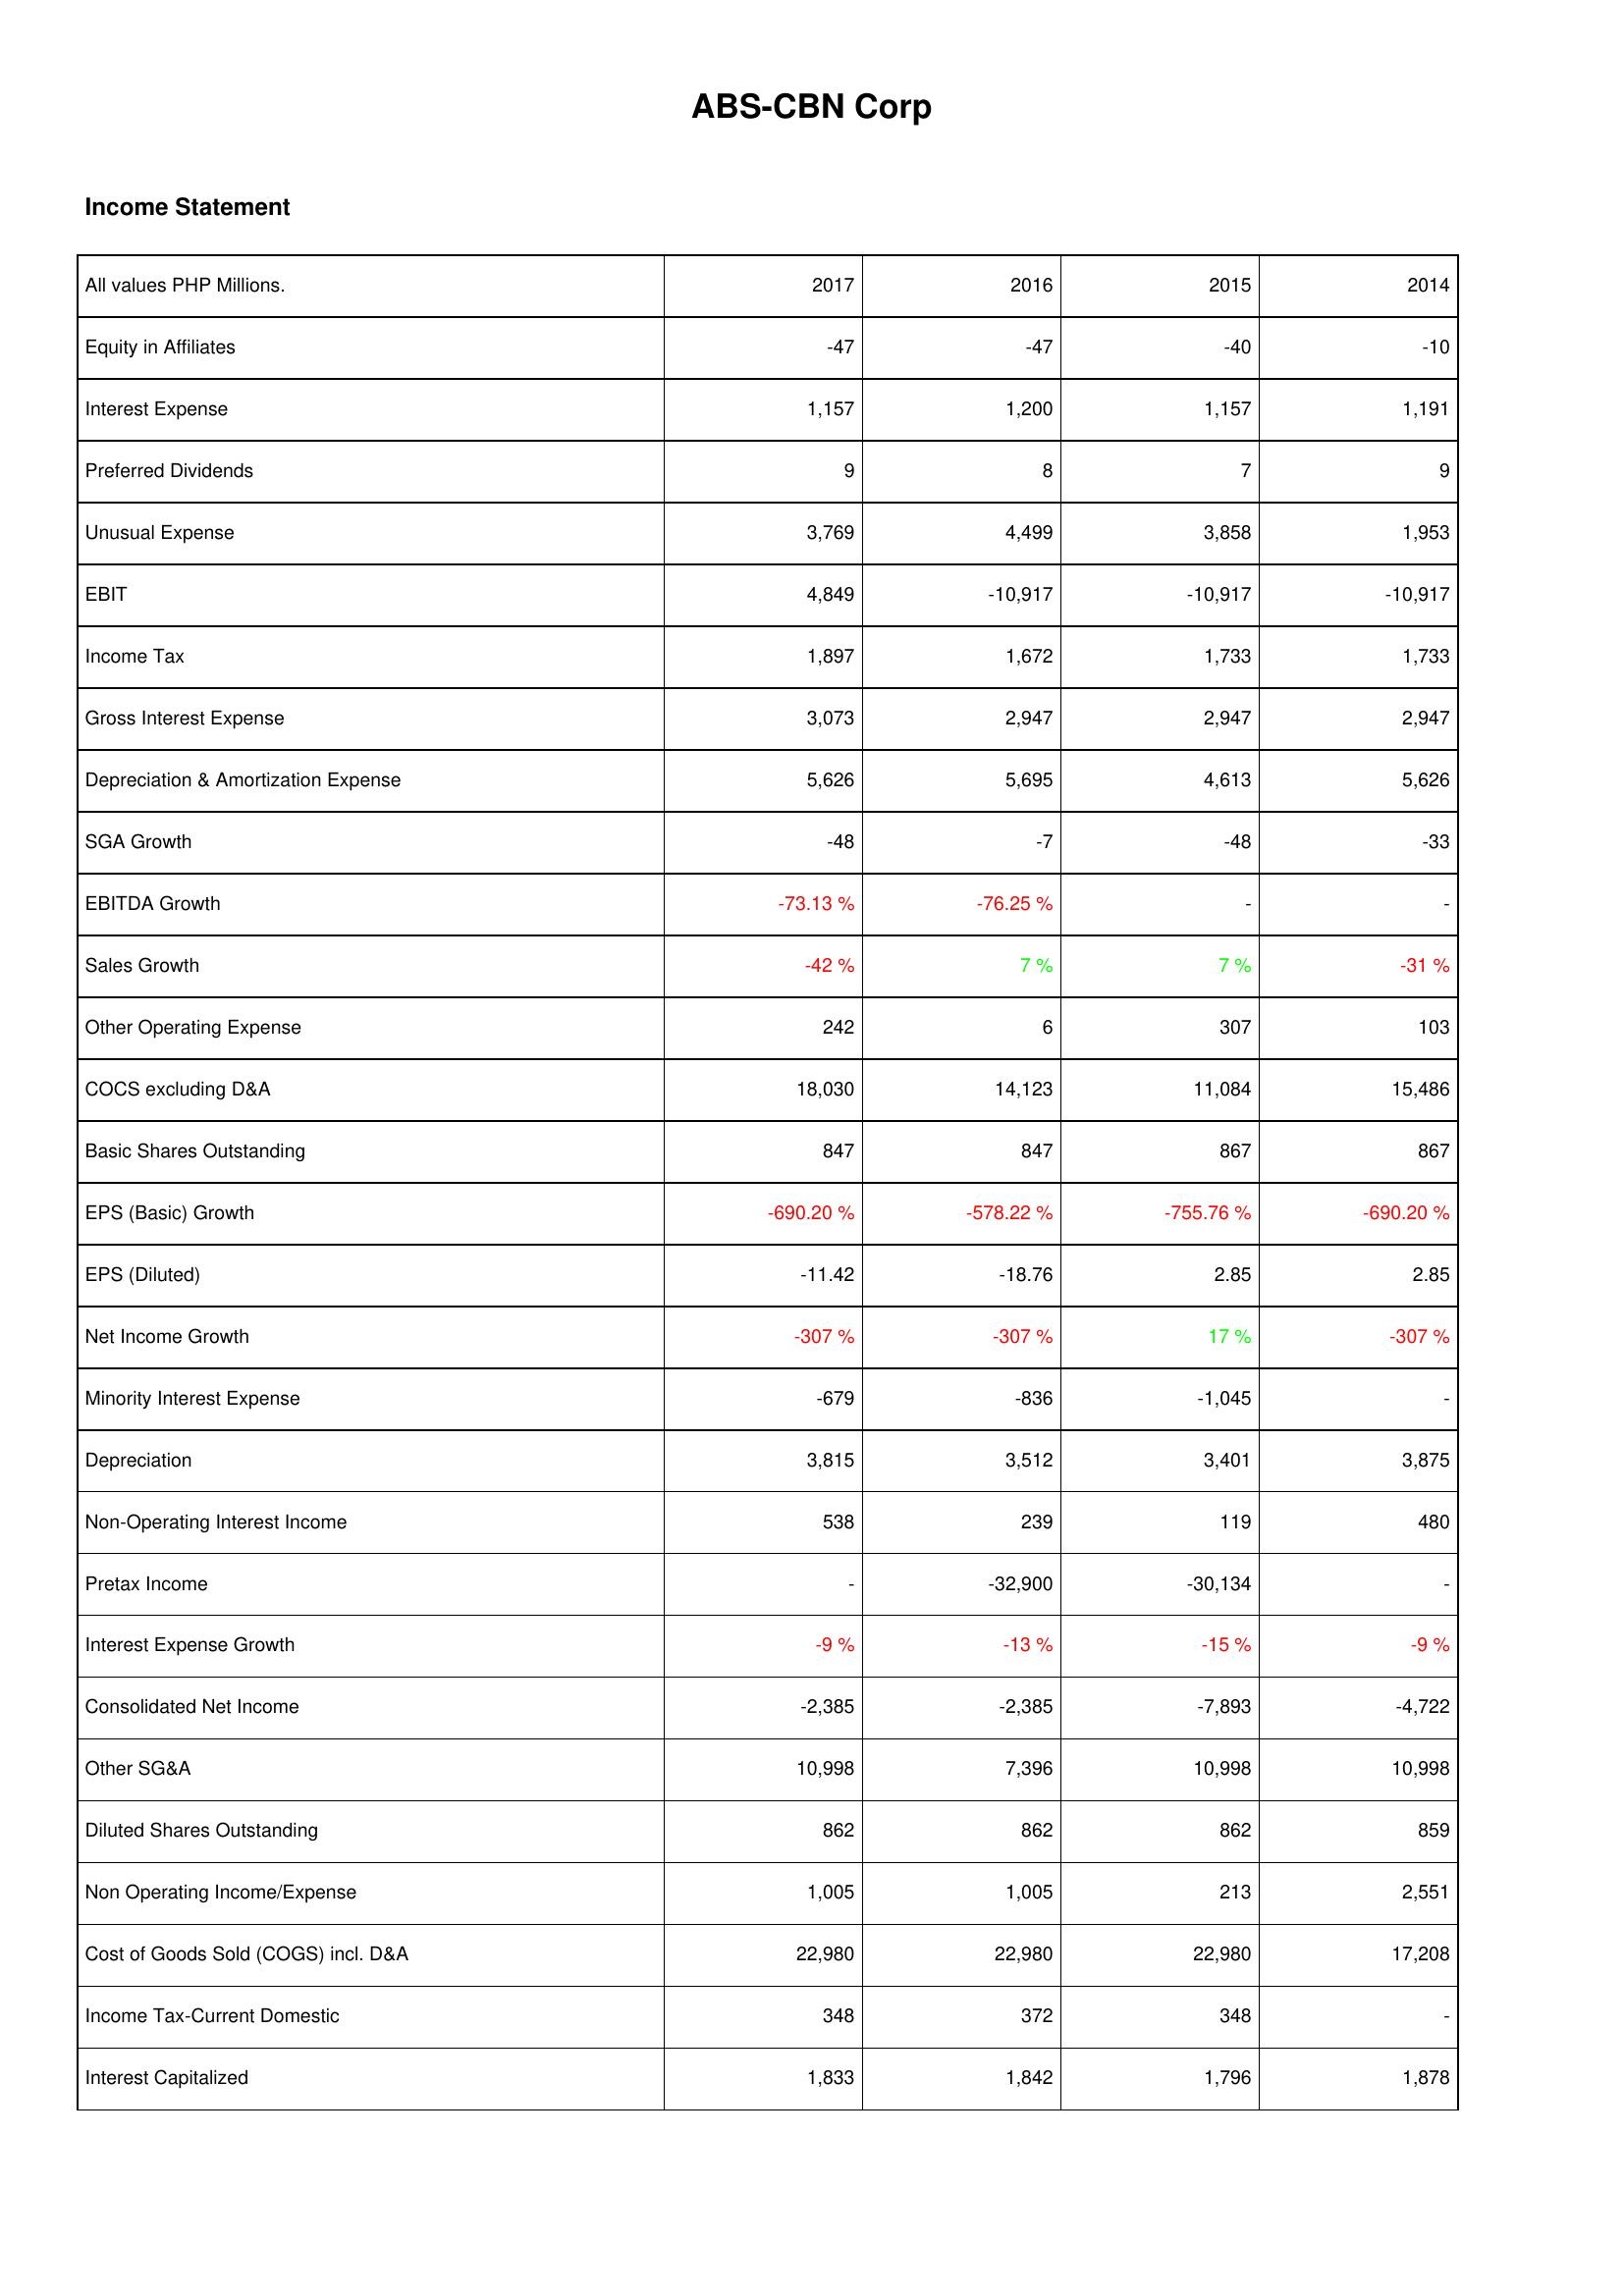
2017: Income Statement: Equity in Affiliates: -47
Interest Expense: 1,157
Preferred Dividends: 9
Unusual Expense: 3,769
EBIT: 4,849
Income Tax: 1,897
Gross Interest Expense: 3,073
Depreciation & Amortization Expense: 5,626
SGA Growth: -48
EBITDA Growth: -73.13 %
Sales Growth: -42 %
Other Operating Expense: 242
COCS excluding D&A: 18,030
Basic Shares Outstanding: 847
EPS (Basic) Growth: -690.20 %
EPS (Diluted): -11.42
Net Income Growth: -307 %
Minority Interest Expense: -679
Depreciation: 3,815
Non-Operating Interest Income: 538
Pretax Income: -
Interest Expense Growth: -9 %
Consolidated Net Income: -2,385
Other SG&A: 10,998
Diluted Shares Outstanding: 862
Non Operating Income/Expense: 1,005
Cost of Goods Sold (COGS) incl. D&A: 22,980
Income Tax-Current Domestic: 348
Interest Capitalized: 1,833
2016: Income Statement: Equity in Affiliates: -47
Interest Expense: 1,200
Preferred Dividends: 8
Unusual Expense: 4,499
EBIT: -10,917
Income Tax: 1,672
Gross Interest Expense: 2,947
Depreciation & Amortization Expense: 5,695
SGA Growth: -7
EBITDA Growth: -76.25 %
Sales Growth: 7 %
Other Operating Expense: 6
COCS excluding D&A: 14,123
Basic Shares Outstanding: 847
EPS (Basic) Growth: -578.22 %
EPS (Diluted): -18.76
Net Income Growth: -307 %
Minority Interest Expense: -836
Depreciation: 3,512
Non-Operating Interest Income: 239
Pretax Income: -32,900
Interest Expense Growth: -13 %
Consolidated Net Income: -2,385
Other SG&A: 7,396
Diluted Shares Outstanding: 862
Non Operating Income/Expense: 1,005
Cost of Goods Sold (COGS) incl. D&A: 22,980
Income Tax-Current Domestic: 372
Interest Capitalized: 1,842
2015: Income Statement: Equity in Affiliates: -40
Interest Expense: 1,157
Preferred Dividends: 7
Unusual Expense: 3,858
EBIT: -10,917
Income Tax: 1,733
Gross Interest Expense: 2,947
Depreciation & Amortization Expense: 4,613
SGA Growth: -48
EBITDA Growth: -
Sales Growth: 7 %
Other Operating Expense: 307
COCS excluding D&A: 11,084
Basic Shares Outstanding: 867
EPS (Basic) Growth: -755.76 %
EPS (Diluted): 2.85
Net Income Growth: 17 %
Minority Interest Expense: -1,045
Depreciation: 3,401
Non-Operating Interest Income: 119
Pretax Income: -30,134
Interest Expense Growth: -15 %
Consolidated Net Income: -7,893
Other SG&A: 10,998
Diluted Shares Outstanding: 862
Non Operating Income/Expense: 213
Cost of Goods Sold (COGS) incl. D&A: 22,980
Income Tax-Current Domestic: 348
Interest Capitalized: 1,796
2014: Income Statement: Equity in Affiliates: -10
Interest Expense: 1,191
Preferred Dividends: 9
Unusual Expense: 1,953
EBIT: -10,917
Income Tax: 1,733
Gross Interest Expense: 2,947
Depreciation & Amortization Expense: 5,626
SGA Growth: -33
EBITDA Growth: -
Sales Growth: -31 %
Other Operating Expense: 103
COCS excluding D&A: 15,486
Basic Shares Outstanding: 867
EPS (Basic) Growth: -690.20 %
EPS (Diluted): 2.85
Net Income Growth: -307 %
Minority Interest Expense: -
Depreciation: 3,875
Non-Operating Interest Income: 480
Pretax Income: -
Interest Expense Growth: -9 %
Consolidated Net Income: -4,722
Other SG&A: 10,998
Diluted Shares Outstanding: 859
Non Operating Income/Expense: 2,551
Cost of Goods Sold (COGS) incl. D&A: 17,208
Income Tax-Current Domestic: -
Interest Capitalized: 1,878